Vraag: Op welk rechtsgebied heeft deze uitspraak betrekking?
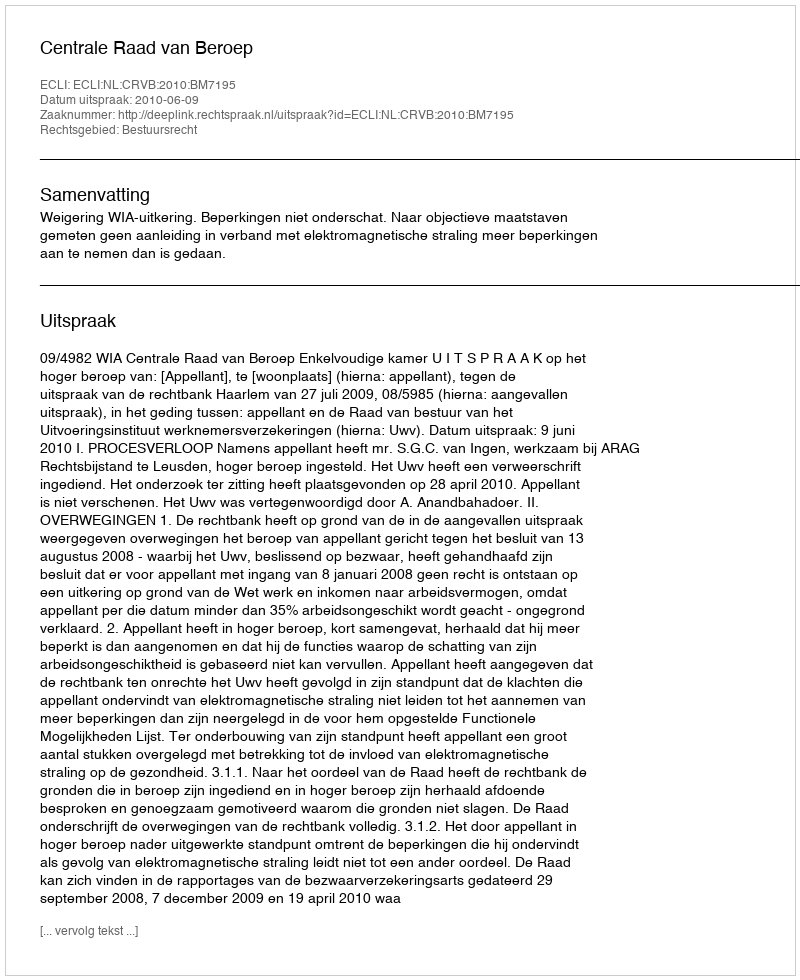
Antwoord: Bestuursrecht